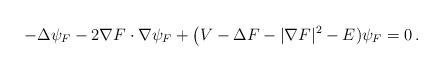
LaTeX: \begin{align*} -\Delta\psi_{F} -2\nabla F\cdot\nabla\psi_{F}+ \big(V-\Delta F - |\nabla F|^2-E)\psi_{F} = 0\,.\end{align*}